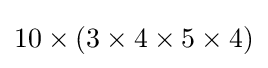
10\times (3\times 4\times 5\times 4)